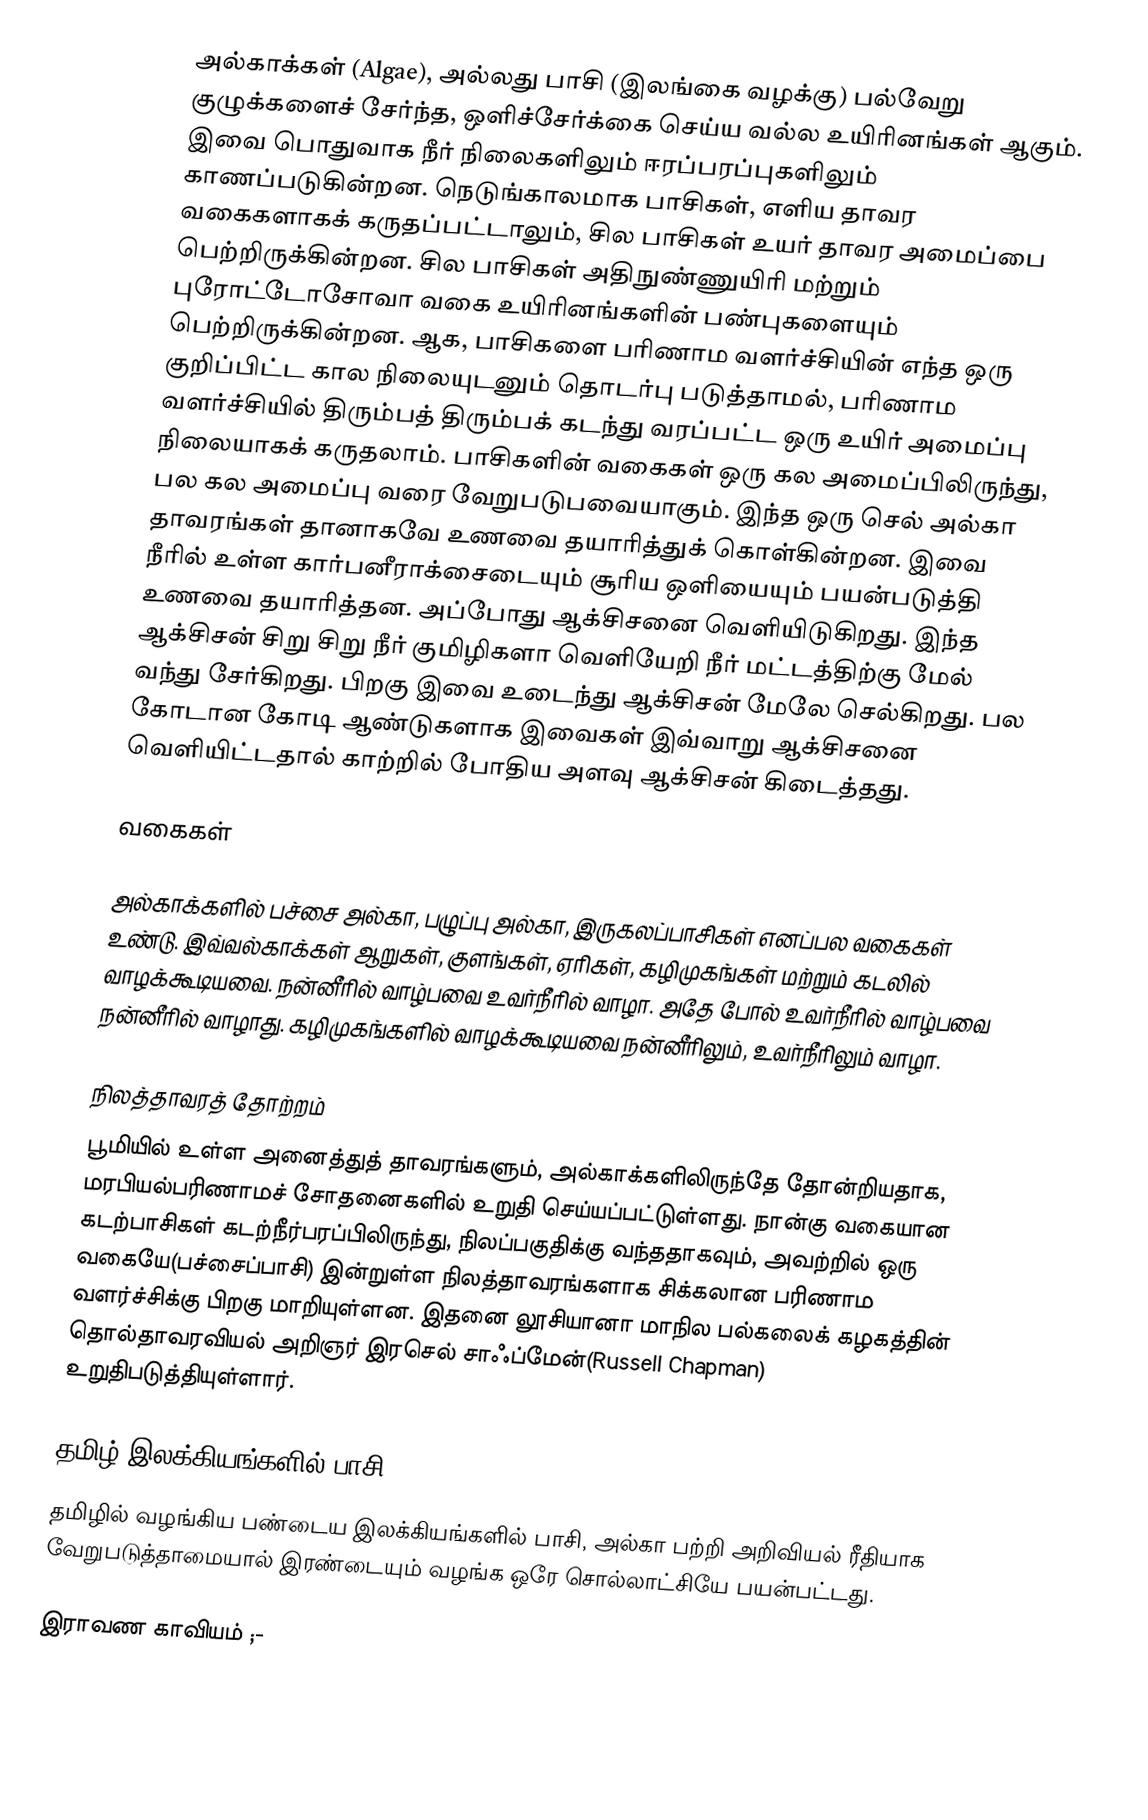
அல்காக்கள் (Algae), அல்லது பாசி (இலங்கை வழக்கு) பல்வேறு குழுக்களைச் சேர்ந்த, ஒளிச்சேர்க்கை செய்ய வல்ல உயிரினங்கள் ஆகும். இவை பொதுவாக நீர் நிலைகளிலும் ஈரப்பரப்புகளிலும் காணப்படுகின்றன. நெடுங்காலமாக பாசிகள், எளிய தாவர வகைகளாகக் கருதப்பட்டாலும், சில பாசிகள் உயர் தாவர அமைப்பை பெற்றிருக்கின்றன. சில பாசிகள் அதிநுண்ணுயிரி மற்றும் புரோட்டோசோவா வகை உயிரினங்களின் பண்புகளையும் பெற்றிருக்கின்றன. ஆக, பாசிகளை பரிணாம வளர்ச்சியின் எந்த ஒரு குறிப்பிட்ட கால நிலையுடனும் தொடர்பு படுத்தாமல், பரிணாம வளர்ச்சியில் திரும்பத் திரும்பக் கடந்து வரப்பட்ட ஒரு உயிர் அமைப்பு நிலையாகக் கருதலாம். பாசிகளின் வகைகள் ஒரு கல அமைப்பிலிருந்து, பல கல அமைப்பு வரை வேறுபடுபவையாகும். இந்த ஒரு செல் அல்கா தாவரங்கள் தானாகவே உணவை தயாரித்துக் கொள்கின்றன. இவை நீரில் உள்ள கார்பனீராக்சைடையும் சூரிய ஒளியையும் பயன்படுத்தி உணவை தயாரித்தன. அப்போது ஆக்சிசனை வெளியிடுகிறது. இந்த ஆக்சிசன் சிறு சிறு நீர் குமிழிகளா வெளியேறி நீர் மட்டத்திற்கு மேல் வந்து சேர்கிறது. பிறகு இவை உடைந்து ஆக்சிசன் மேலே செல்கிறது. பல கோடான கோடி ஆண்டுகளாக இவைகள் இவ்வாறு ஆக்சிசனை வெளியிட்டதால் காற்றில் போதிய அளவு ஆக்சிசன் கிடைத்தது.

வகைகள்

அல்காக்களில் பச்சை அல்கா, பழுப்பு அல்கா, இருகலப்பாசிகள் எனப்பல வகைகள் உண்டு. இவ்வல்காக்கள் ஆறுகள், குளங்கள், ஏரிகள், கழிமுகங்கள் மற்றும் கடலில் வாழக்கூடியவை. நன்னீரில் வாழ்பவை உவர்நீரில் வாழா. அதே போல் உவர்நீரில் வாழ்பவை நன்னீரில் வாழாது. கழிமுகங்களில் வாழக்கூடியவை நன்னீரிலும், உவர்நீரிலும் வாழா.

நிலத்தாவரத் தோற்றம்
பூமியில் உள்ள அனைத்துத் தாவரங்களும், அல்காக்களிலிருந்தே தோன்றியதாக, மரபியல்பரிணாமச் சோதனைகளில் உறுதி செய்யப்பட்டுள்ளது. நான்கு வகையான கடற்பாசிகள் கடற்நீர்பரப்பிலிருந்து, நிலப்பகுதிக்கு வந்ததாகவும், அவற்றில் ஒரு வகையே(பச்சைப்பாசி) இன்றுள்ள நிலத்தாவரங்களாக சிக்கலான பரிணாம  வளர்ச்சிக்கு பிறகு மாறியுள்ளன. இதனை லூசியானா மாநில பல்கலைக் கழகத்தின் தொல்தாவரவியல் அறிஞர் இரசெல் சாஃப்மேன்(Russell Chapman) உறுதிபடுத்தியுள்ளார்.

தமிழ் இலக்கியங்களில் பாசி
தமிழில் வழங்கிய பண்டைய இலக்கியங்களில் பாசி, அல்கா பற்றி அறிவியல் ரீதியாக வேறுபடுத்தாமையால் இரண்டையும் வழங்க ஒரே சொல்லாட்சியே பயன்பட்டது.

இராவண காவியம் ;-